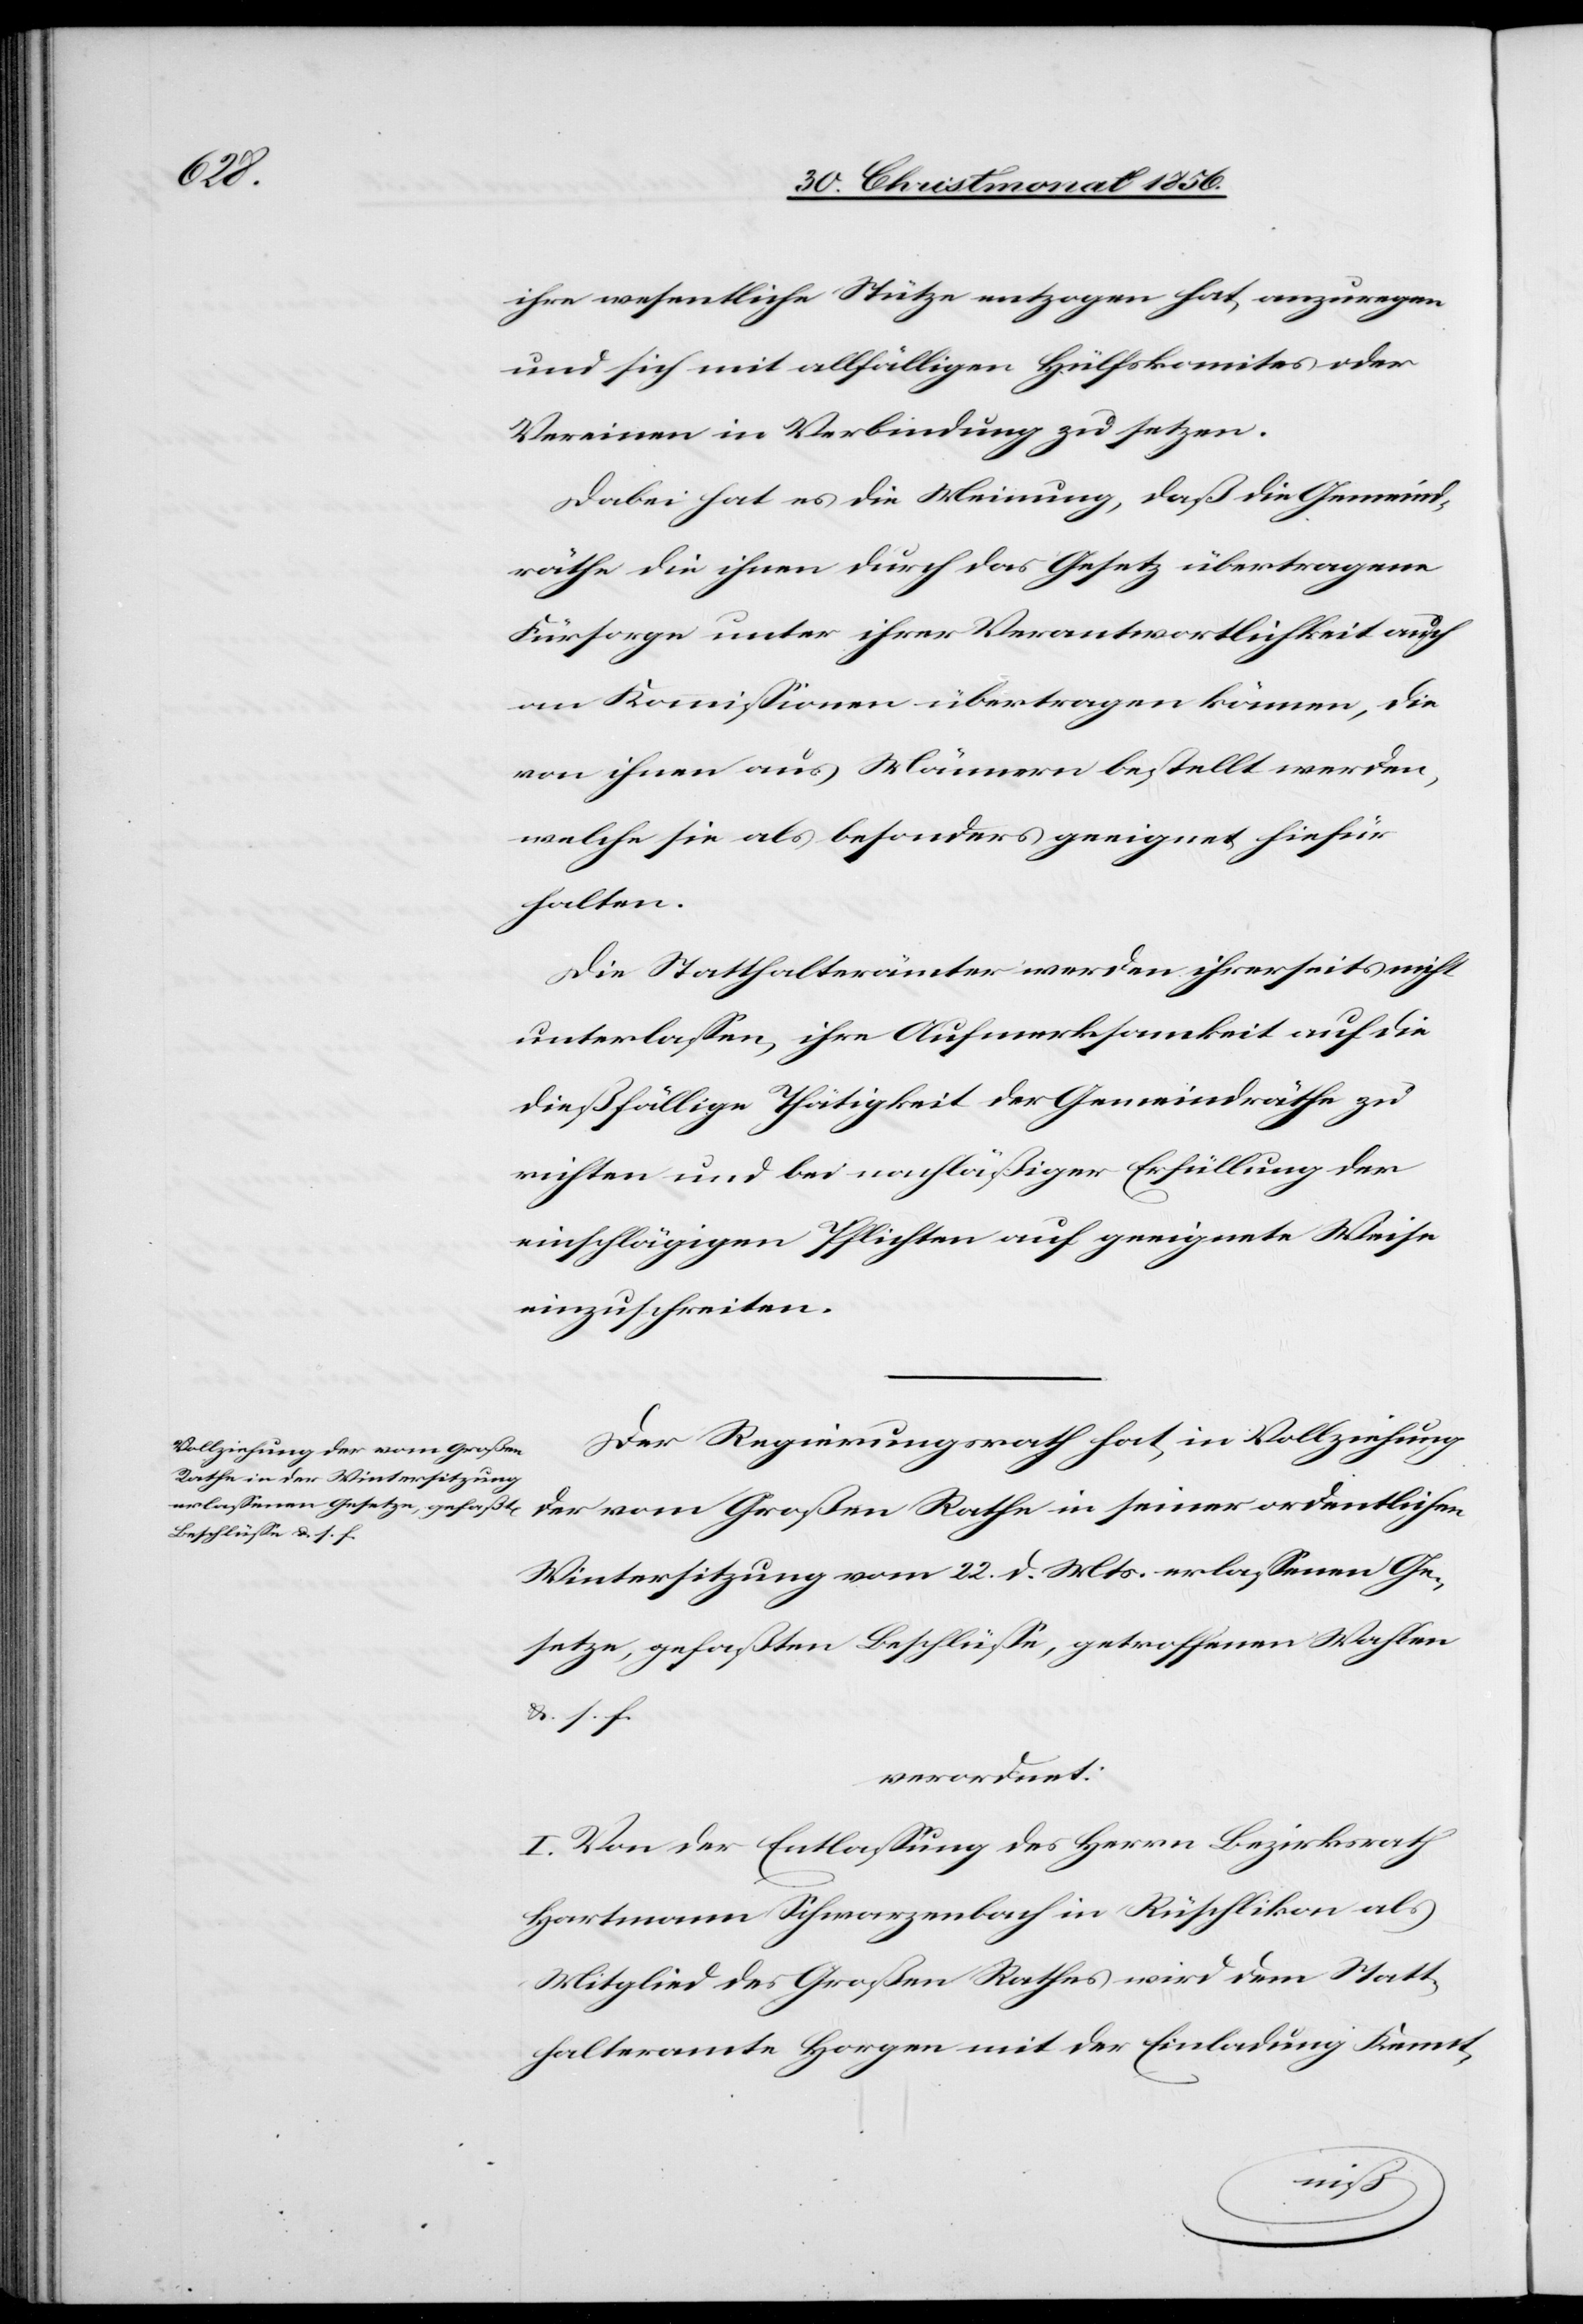
ihre wesentliche Stütze entzogen hat, anzuregen
und sich mit allfälligen Hülfskomites oder
Vereinen in Verbindung zu setzen.
Dabei hat es die Meinung, daß die Gemeind¬
räthe die ihnen durch das Gesetz übertragene
Fürsorge unter ihrer Verantwortlichkeit auch
an Kommissionen übertragen können, die
von ihnen aus Männern bestellt werden,
welche sie als besonders geeignet hiefür
halten.
Die Statthalterämter werden ihrerseits nicht
unterlassen, ihre Aufmerksamkeit auf die
dießfällige Thätigkeit der Gemeindräthe zu
richten und bei nachläßiger Erfüllung der
einschlägigen Pflichten auf geeignete Weise
einzuschreiten.
Der Regierungsrath hat, in Vollziehung
der vom Großen Rathe in seiner ordentlichen
Wintersitzung vom 22. d. Mts. erlassenen Ge¬
setze, gefaßten Beschlüsse, getroffenen Wahlen
&. s. f.
verordnet:
I. Von der Entlassung des Herrn Bezirksrath
Hartmann Schwarzenbach in Rüschlikon als
Mitglied des Großen Rathes wird dem Statt¬
halteramte Horgen mit der Einladung Kennt-